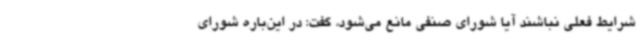
شرایط فعلی نباشند آیا شورای صنفی مانع می‌شود، گفت: در این‌باره شورای